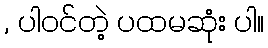
, ပါဝင်တဲ့ ပထမဆုံး ပါ။